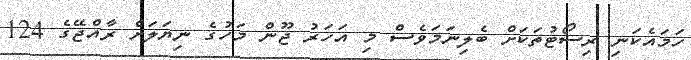
ހަމައެކަނި ރިސޯޓުތަކަށް ބެލިނަމަވެސް މި އަހަރު ޖޫން މަހުގެ ނިޔަލަށް ރާއްޖޭގެ 124